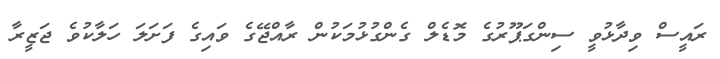
ރައީސް ވިދާޅުވީ ސިންގަޕޫރުގެ މޮޑެލް ގެންގުޅުމަކުން ރާއްޖޭގެ ވައިގެ ފަށަލަ ހަލާކުވެ ޖަޒީރާ